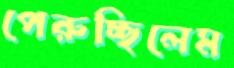
পেরুচ্ছিলেম